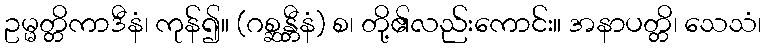
ဥမ္မတ္တိကာဒီနံ၊ ကုန်၍။ (ဂစ္ဆန္တီနံ) စ၊ တို့၏လည်းကောင်း။ အနာပတ္တိ၊ သေသံ၊